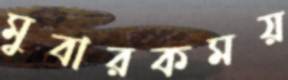
মুবারকময়